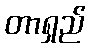
တာရှည်